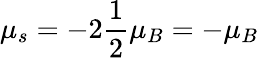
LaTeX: \mu_{s}=-2\frac{1}{2}\mu_{B}=-\mu_{B}